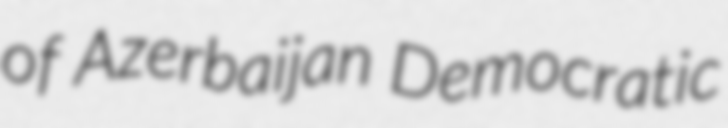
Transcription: of Azerbaijan Democratic